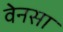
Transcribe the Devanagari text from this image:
वेनसा